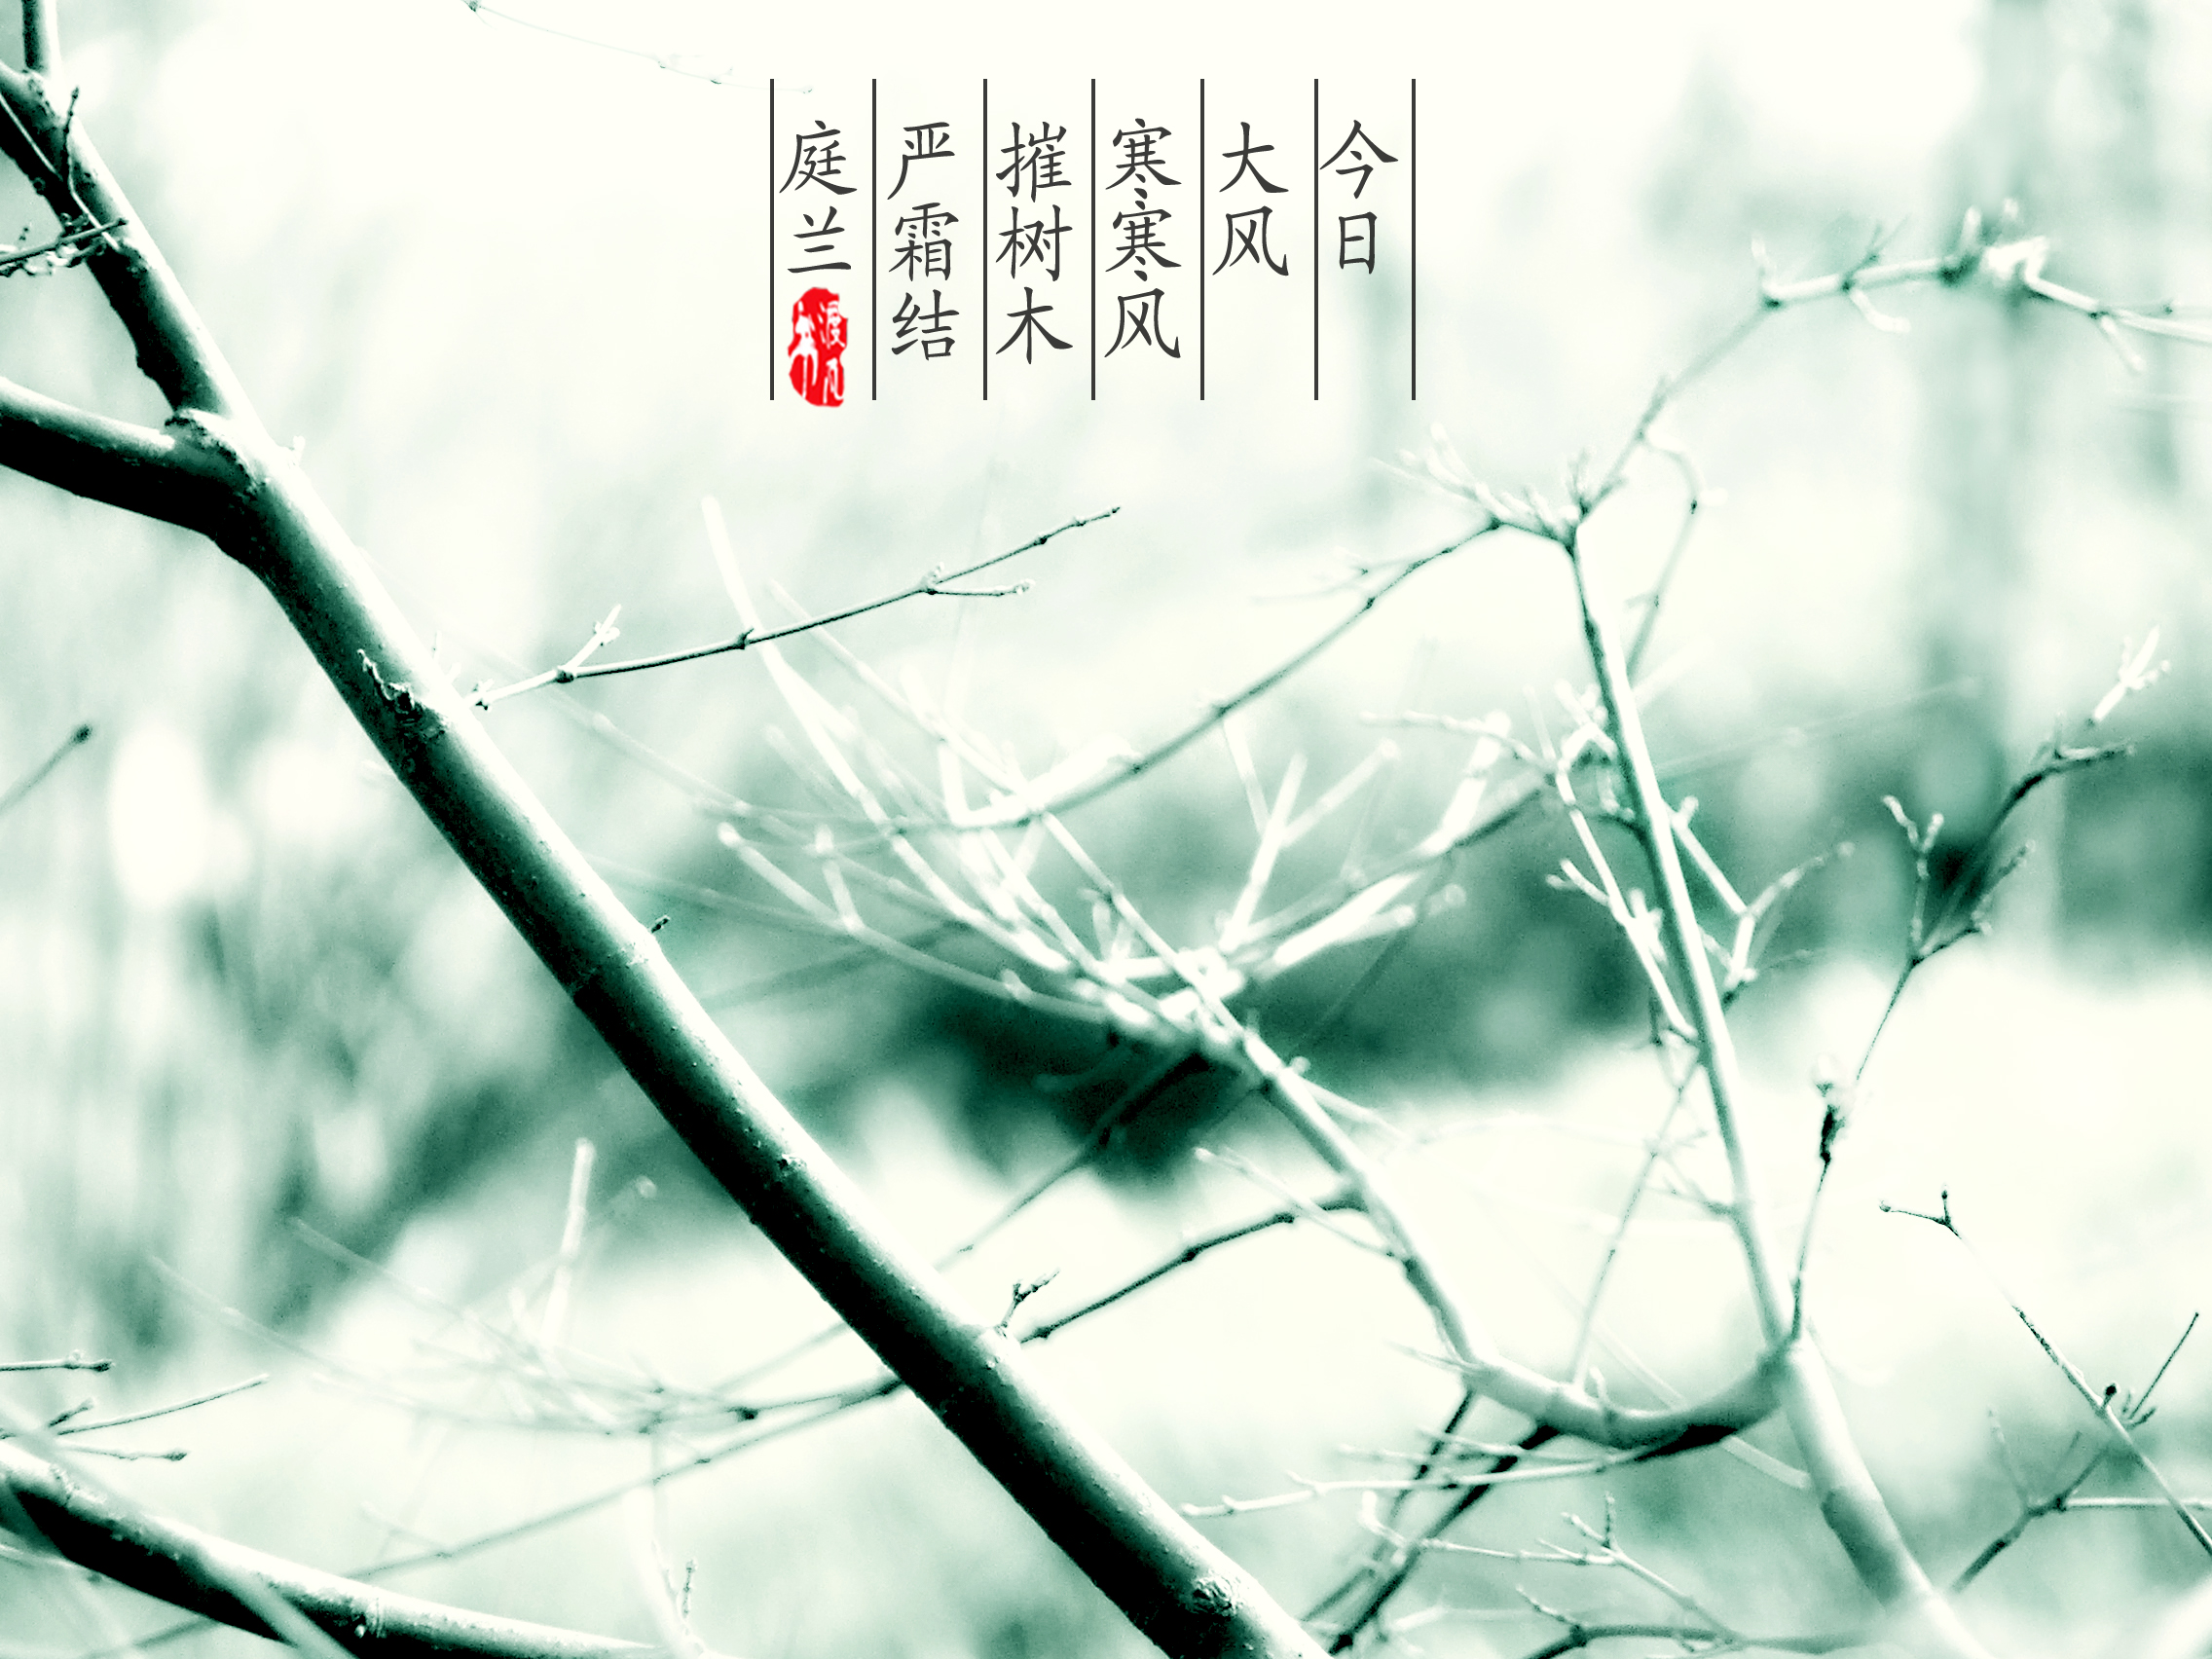
今日大风寒，寒风摧树木，严霜结庭兰。